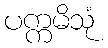
ပက္ကမိသုံ